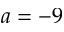
a = - 9